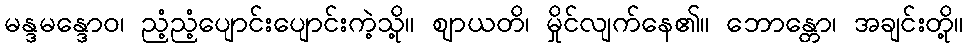
မန္ဒမန္ဒောဝ၊ ညံ့ညံ့ပျောင်းပျောင်းကဲ့သို့။ ဈာယတိ၊ မှိုင်လျက်နေ၏။ ဘောန္တော၊ အချင်းတို့။